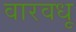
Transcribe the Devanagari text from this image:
वारवधू